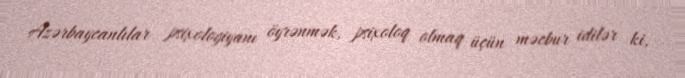
Azərbaycanlılar psixologiyanı öyrənmək, psixoloq olmaq üçün məcbur idilər ki,